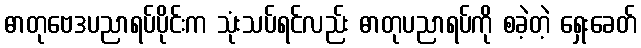
ဓာတုဗေဒပညာရပ်ပိုင်းက သုံးသပ်ရင်လည်း ဓာတုပညာရပ်ကို စခဲ့တဲ့ ရှေးခေတ်